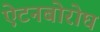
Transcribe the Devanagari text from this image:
ऐटनबोरोघ